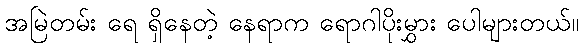
အမြဲတမ်း ရေ ရှိနေတဲ့ နေရာက ရောဂါပိုးမွှား ပေါများတယ်။